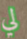
لي